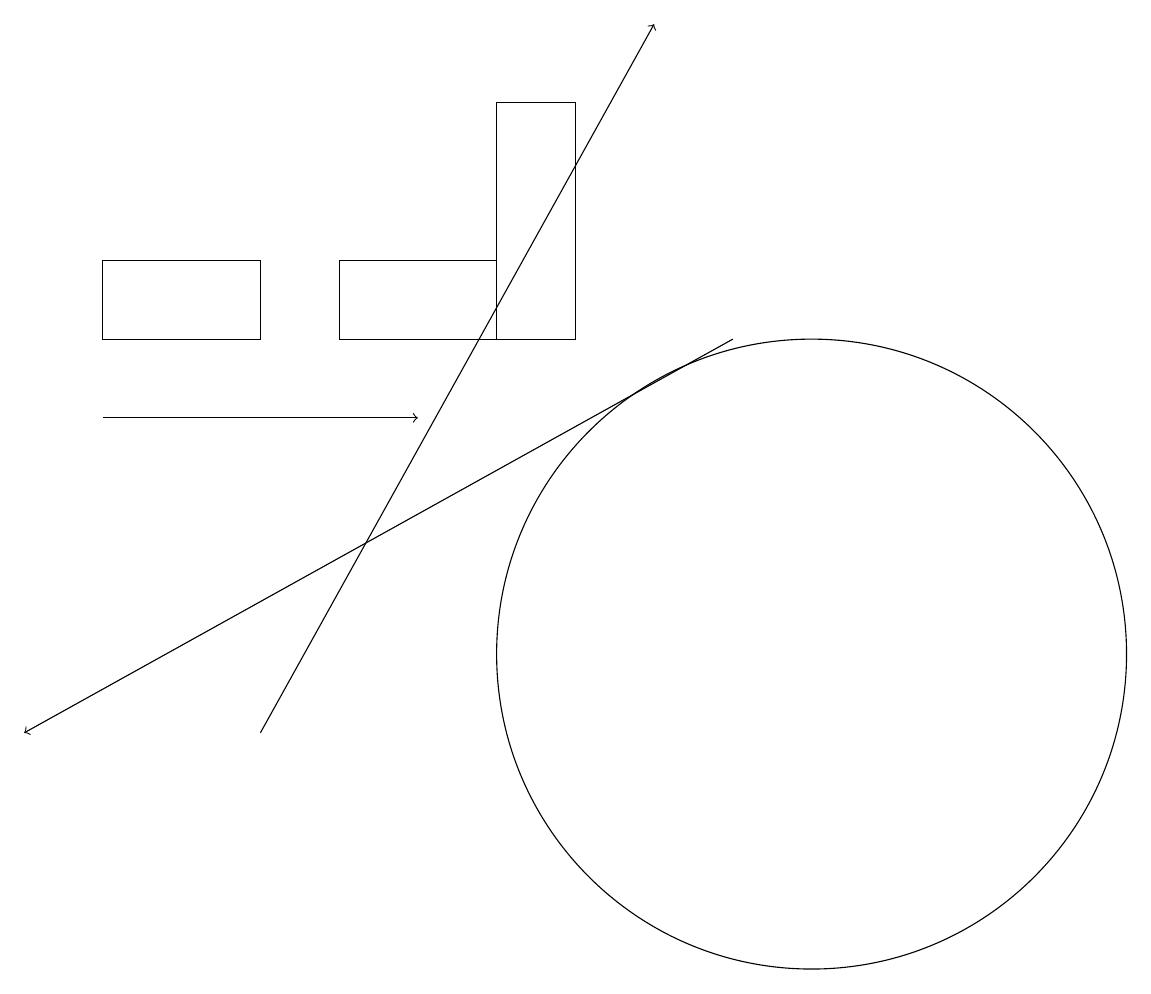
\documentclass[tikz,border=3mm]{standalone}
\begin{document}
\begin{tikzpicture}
\draw[->] (1,14) -- (5,14);
\draw (1,15) rectangle (3,16);
\draw (10,11) circle (4);
\draw[->] (9,15) -- (0,10);
\draw (7,18) rectangle (6,15);
\draw (6,16) rectangle (4,15);
\draw[->] (3,10) -- (8,19);
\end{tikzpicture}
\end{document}